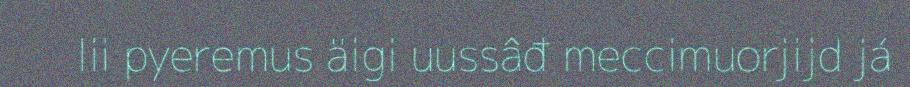
lii pyeremus äigi uussâđ meccimuorjijd já